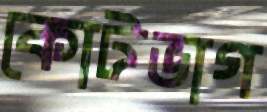
কোটভাগ